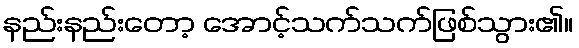
နည်းနည်းတော့ အောင့်သက်သက်ဖြစ်သွား၏။